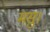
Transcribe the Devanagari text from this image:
मसु।